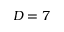
D = 7